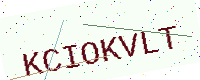
Text: KCIOKVLT